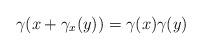
LaTeX: \begin{align*}\gamma(x+\gamma_x(y))= \gamma(x)\gamma(y)\end{align*}